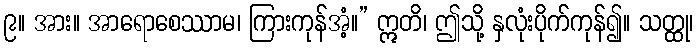
၉။ အား။ အာရောစေဿာမ၊ ကြားကုန်အံ့။” ဣတိ၊ ဤသို့ နှလုံးပိုက်ကုန်၍။ သတ္ထု၊